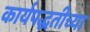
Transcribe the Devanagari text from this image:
कार्यपद्धतीच्या